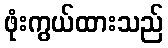
ဖုံးကွယ်ထားသည်